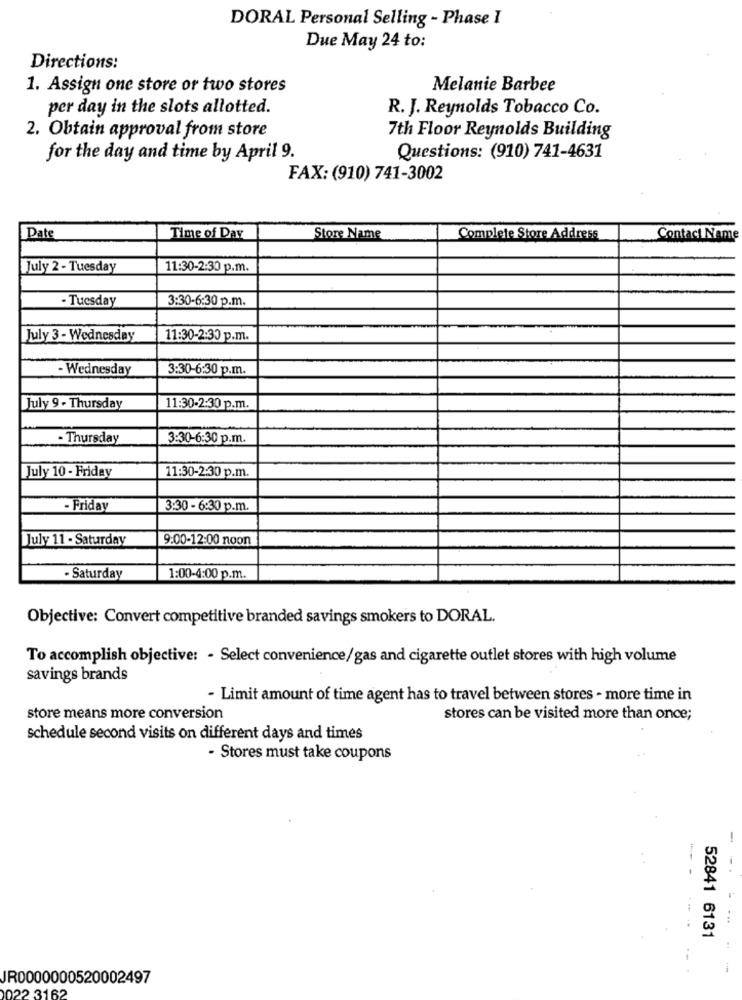
DORAL Personal Selling - Phase I
Due May 24 to:
Directions:
1. Assign one store or two stores
Melanie Barbee
per day in the slots allotted.
R. J. Reynolds Tobacco Co.
2. Obtain approval from store
7th Floor Reynolds Building
for the day and time by April 9.
Questions: (910) 741-4631
FAX: (910) 741-3002
Date
Time of Day
Store Name
Complete Store Address
Contact Name
July 2 - Tuesday
11:30-2:30 p.m.
- Tuesday
3:30-6:30 p.m.
July 3 - Wednesday
11:30-2:30 p.m.
- Wednesday
3:30-6:30 p.m.
July 9 - Thursday
11:30-2:30 p.m.
- Thursday
3:30-6:30 p.m.
11:30-2:30 p.m.
July 10 - Friday
- Friday
3:30 - 6:30 p.m.
July 11 - Saturday
9:00-12:00 noon
Saturday
1:00-4:00 p.m.
Objective: Convert competitive branded savings smokers to DORAL.
To accomplish objective: - Select convenience/gas and cigarette outlet stores with high volume
savings brands
- Limit amount of time agent has to travel between stores - more time in
store means more conversion
stores can be visited more than once;
schedule second visits on different days and times
- Stores must take coupons
- --
52841 6131
JR0000000520002497
022 3162